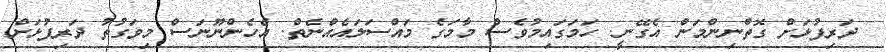
ދަރިފުޅަށް ގޮތްނިންމަން އެގޭނީ. ހަމަގައިމުވެސް މާމަގެ މައްސަލައެއްނެތް. އެހެންނޫނަސް މިވަގުތު ދަރިފުޅަށް